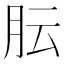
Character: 𬁴